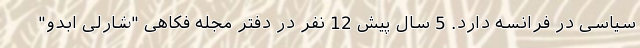
سیاسی در فرانسه دارد. 5 سال پیش 12 نفر در دفتر مجله فکاهی "شارلی ابدو"